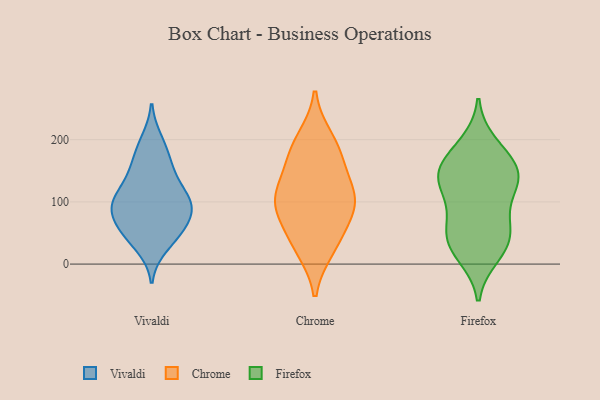
{"axis": {"x": "Website Visitors", "y": "Value"}, "legend": ["Chrome", "Firefox", "Vivaldi"], "data": [{"x": "", "y": 67, "type": "Vivaldi"}, {"x": "", "y": 98, "type": "Vivaldi"}, {"x": "", "y": 198, "type": "Vivaldi"}, {"x": "", "y": 45, "type": "Vivaldi"}, {"x": "", "y": 106, "type": "Vivaldi"}, {"x": "", "y": 56, "type": "Vivaldi"}, {"x": "", "y": 81, "type": "Vivaldi"}, {"x": "", "y": 185, "type": "Vivaldi"}, {"x": "", "y": 156, "type": "Vivaldi"}, {"x": "", "y": 101, "type": "Vivaldi"}, {"x": "", "y": 85, "type": "Vivaldi"}, {"x": "", "y": 29, "type": "Vivaldi"}, {"x": "", "y": 97, "type": "Vivaldi"}, {"x": "", "y": 137, "type": "Vivaldi"}, {"x": "", "y": 108, "type": "Vivaldi"}, {"x": "", "y": 153, "type": "Vivaldi"}, {"x": "", "y": 48, "type": "Vivaldi"}, {"x": "", "y": 110, "type": "Chrome"}, {"x": "", "y": 26, "type": "Chrome"}, {"x": "", "y": 110, "type": "Chrome"}, {"x": "", "y": 105, "type": "Chrome"}, {"x": "", "y": 36, "type": "Chrome"}, {"x": "", "y": 170, "type": "Chrome"}, {"x": "", "y": 101, "type": "Chrome"}, {"x": "", "y": 71, "type": "Chrome"}, {"x": "", "y": 175, "type": "Chrome"}, {"x": "", "y": 200, "type": "Chrome"}, {"x": "", "y": 146, "type": "Firefox"}, {"x": "", "y": 134, "type": "Firefox"}, {"x": "", "y": 192, "type": "Firefox"}, {"x": "", "y": 15, "type": "Firefox"}, {"x": "", "y": 72, "type": "Firefox"}, {"x": "", "y": 29, "type": "Firefox"}, {"x": "", "y": 172, "type": "Firefox"}, {"x": "", "y": 126, "type": "Firefox"}, {"x": "", "y": 49, "type": "Firefox"}, {"x": "", "y": 32, "type": "Firefox"}, {"x": "", "y": 141, "type": "Firefox"}, {"x": "", "y": 120, "type": "Firefox"}, {"x": "", "y": 160, "type": "Firefox"}, {"x": "", "y": 62, "type": "Firefox"}]}